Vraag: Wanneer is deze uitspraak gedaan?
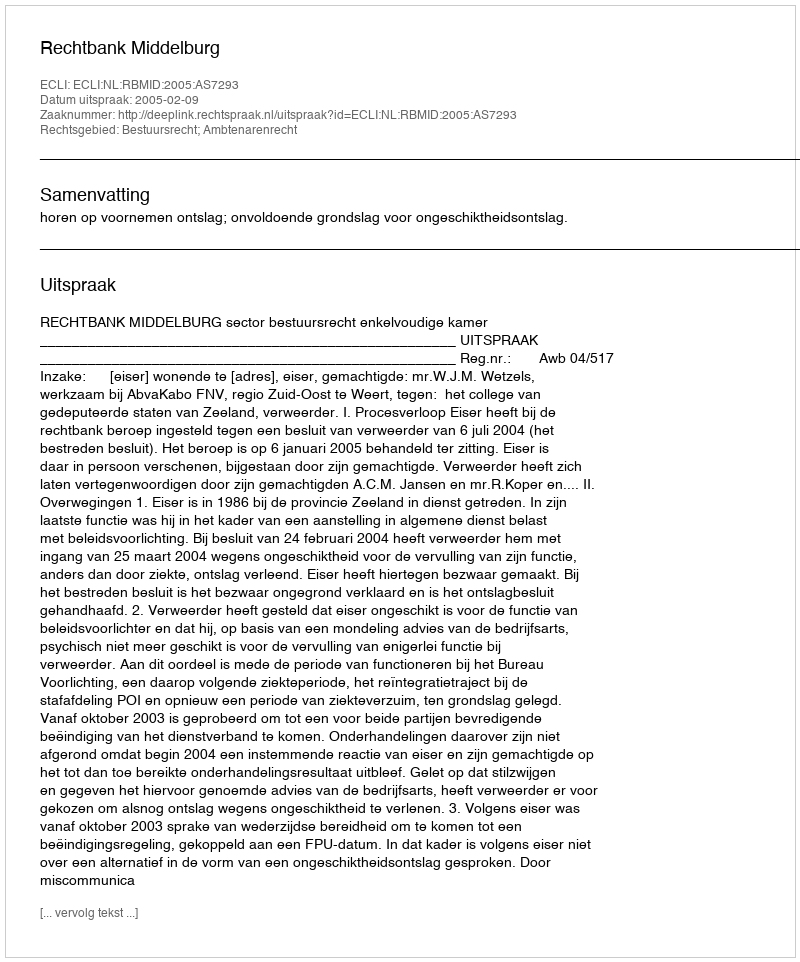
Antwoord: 2005-02-09